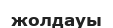
жолдауы